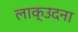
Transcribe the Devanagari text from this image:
लाक्उदना